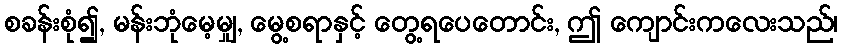
စခန်းစုံ၍, မန်းဘုံမေ့မျှ, မွေ့စရာနှင့် တွေ့ရပေတောင်း, ဤ ကျောင်းကလေးသည်၊